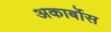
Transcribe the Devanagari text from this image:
अकार्बोस